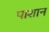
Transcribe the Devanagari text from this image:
पाशान